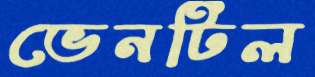
ভেনটিল